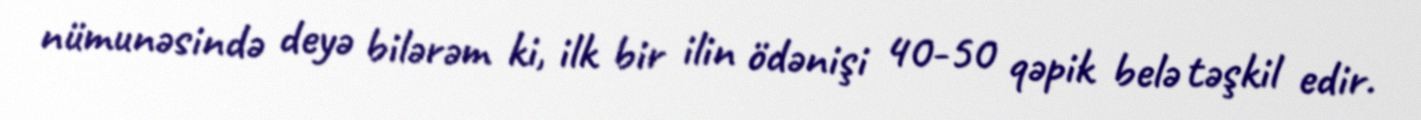
nümunəsində deyə bilərəm ki, ilk bir ilin ödənişi 40-50 qəpik belə təşkil edir.